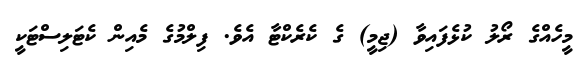
މީހެއްގެ ރޯލު ކުޅެފައިވާ (ޖިމީ) ގެ ކެރެކްޓާ އެވެ. ފިލްމުގެ މެއިން ކެޓަލިސްޓަކީ